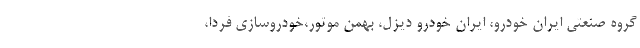
گروه صنعتی ایران خودرو، ایران خودرو دیزل، بهمن موتور،خودروسازی فردا،